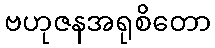
ဗဟုဇနအရုစိတော